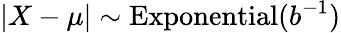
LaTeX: \left|X-\mu\right|\sim{\textrm{Exponential}}(b^{-1})